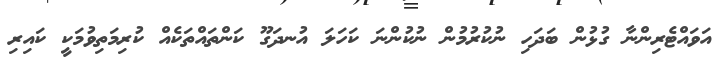
އަވައްޓެރިންނާ ގުޅުން ބަދަހި ނުކުރުމުން ނުކުންނަ ކަހަލަ އުނދަގޫ ކަންތަައްތަކެއް ކުރިމަތިވުމަކީ ކައިރި